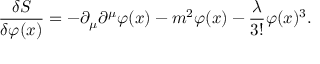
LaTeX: { \frac { \delta S } { \delta \varphi ( x ) } } = - \partial _ { \mu } \partial ^ { \mu } \varphi ( x ) - m ^ { 2 } \varphi ( x ) - { \frac { \lambda } { 3 ! } } \varphi ( x ) ^ { 3 } .